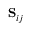
\mathrm { \bf S } _ { i j }